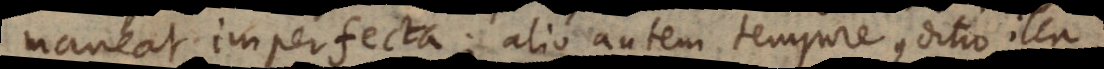
maneat imperfecta; alio autem tempore conditio illa